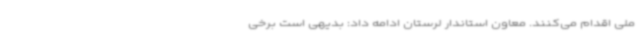
ملی اقدام می‌کنند. معاون استاندار لرستان ادامه داد: بدیهی است برخی